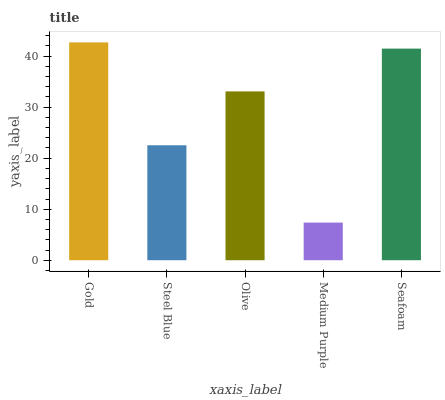
| xaxis_label | bars |
 | --- | --- |
 | Gold | 42.7 |
 | Steel Blue | 22.5 |
 | Olive | 33.1 |
 | Medium Purple | 7.38 |
 | Seafoam | 41.5 |